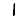
Digit: 1